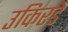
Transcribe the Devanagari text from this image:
उकिरडे